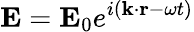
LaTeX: \mathbf{E}=\mathbf{E}_{0}e^{i(\mathbf{k}\cdot\mathbf{r}-\omega t)}